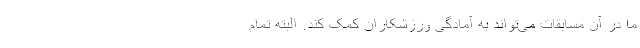
ما در آن مسابقات می‌تواند به آمادگی ورزشکاران کمک کند. البته تمام